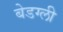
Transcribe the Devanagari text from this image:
बेडग्ली